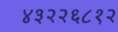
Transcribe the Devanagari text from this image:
४३२२६८१२